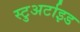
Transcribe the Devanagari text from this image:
स्टुअर्टाइड